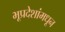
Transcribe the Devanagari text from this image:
भूप्रदेशांमधून